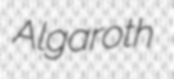
Algaroth